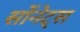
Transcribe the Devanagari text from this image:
सोंनेट्स